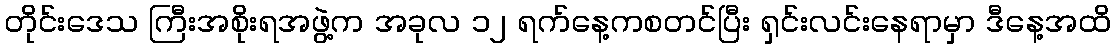
တိုင်းဒေသ ကြီးအစိုးရအဖွဲ့က အခုလ ၁၂ ရက်နေ့ကစတင်ပြီး ရှင်းလင်းနေရာမှာ ဒီနေ့အထိ